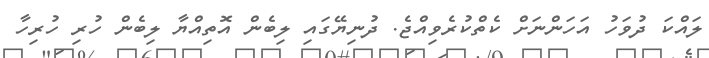
ލައްކަ ދުވަހު އަހަންނަށް ކެތްކުރެވިއްޖެ. ދުނިޔޭގައި ލިބެން އޮތިއްޔާ ލިބެން ހުރި ހުރިހާ